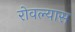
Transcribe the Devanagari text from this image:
रोवल्यास